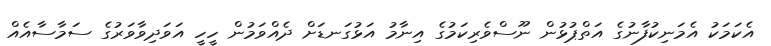
އެކަމަކު އެމަނިކުފާނުގެ އަތްޕުޅުން ނޫސްވެރިކަމުގެ އިނާމު އަޅުގަނޑަށް ދެއްވަމުން ހީހީ އަވަދިވާވަރުގެ ސަމާސާއެއް